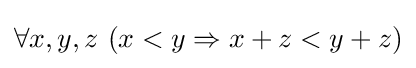
\forall x,y,z\ (x<y\Rightarrow x+z<y+z)